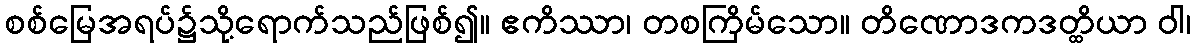
စစ်မြေအရပ်၌သို့ရောက်သည်ဖြစ်၍။ ဧကိဿာ၊ တစကြိမ်သော။ တိဏောဒကဒတ္ထိယာ ဝါ၊